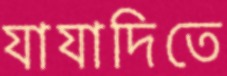
যাযাদিতে